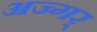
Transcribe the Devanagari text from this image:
अज्गर्